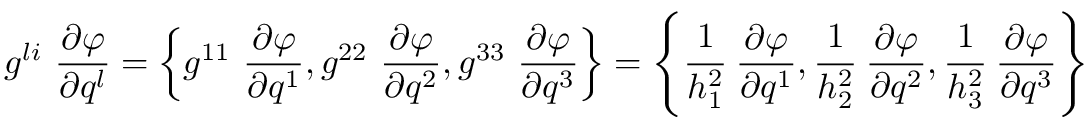
g ^ { l i } ~ { \frac { \partial \varphi } { \partial q ^ { l } } } = \left\{ g ^ { 1 1 } ~ { \frac { \partial \varphi } { \partial q ^ { 1 } } } , g ^ { 2 2 } ~ { \frac { \partial \varphi } { \partial q ^ { 2 } } } , g ^ { 3 3 } ~ { \frac { \partial \varphi } { \partial q ^ { 3 } } } \right\} = \left\{ { \cfrac { 1 } { h _ { 1 } ^ { 2 } } } ~ { \frac { \partial \varphi } { \partial q ^ { 1 } } } , { \cfrac { 1 } { h _ { 2 } ^ { 2 } } } ~ { \frac { \partial \varphi } { \partial q ^ { 2 } } } , { \cfrac { 1 } { h _ { 3 } ^ { 2 } } } ~ { \frac { \partial \varphi } { \partial q ^ { 3 } } } \right\}